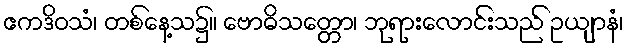
ဧကဒိဝသံ၊ တစ်နေ့သ၌။ ဗောဓိသတ္တော၊ ဘုရားလောင်းသည် ဥယျာနံ၊